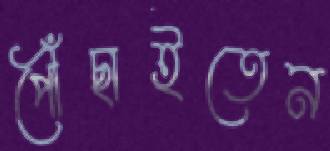
পৌঁছাইতেন